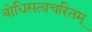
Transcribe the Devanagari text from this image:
बोधिसत्वचरितम्